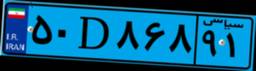
۵۰D۸۶۸۹۱